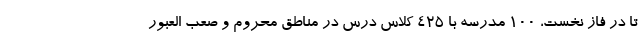
تا در فاز نخست، ۱۰۰ مدرسه با ۴۲۵ کلاس درس در مناطق محروم و صعب العبور